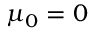
\mu _ { 0 } = 0